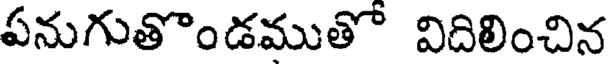
పనుగుతొండముతో విదిలించిన